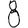
Digit: 8